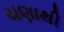
ચણાથી